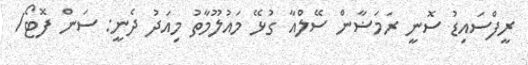
ރީފްސައިޑު ސޮނީ ރަމަޟާން ސޭލްއާ ގުޅޭ މައުލޫމާތު މިއަދު ދެނީ: ސަން ފޮޓޯ/